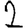
Digit: 2